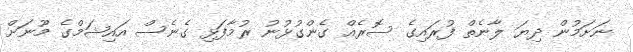
ނަށަމުން ދިޔަ ލާނެތް ފުރައިގެ ސޮރެއް ގެންގުޅުނު ރުމާފަޅި ގެނެސް އައިޝަމްގެ މޫނަށް